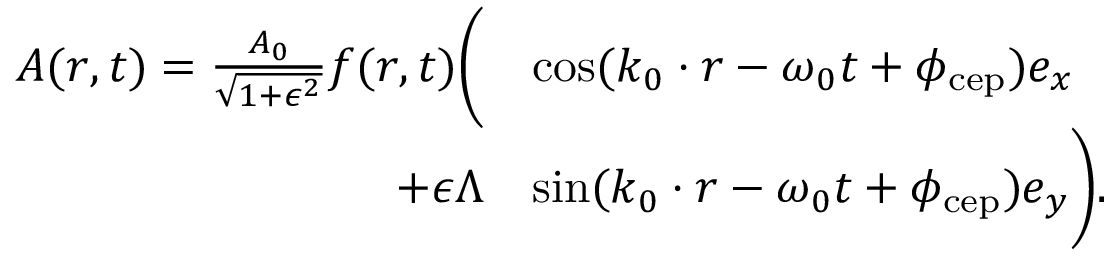
\begin{array} { r l } { \boldsymbol { A } ( \boldsymbol { r } , t ) = \frac { A _ { 0 } } { \sqrt { 1 + \epsilon ^ { 2 } } } f ( \boldsymbol { r } , t ) \biggl ( } & { \cos ( \boldsymbol { k } _ { 0 } \cdot \boldsymbol { r } - \omega _ { 0 } t + \phi _ { \mathrm { c e p } } ) \boldsymbol { e _ { x } } } \\ { + \epsilon \Lambda } & { \sin ( \boldsymbol { k } _ { 0 } \cdot \boldsymbol { r } - \omega _ { 0 } t + \phi _ { \mathrm { c e p } } ) \boldsymbol { e _ { y } } \biggr ) . } \end{array}